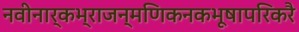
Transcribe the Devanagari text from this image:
नवीनार्कभ्राजन्मणिकनकभूषापरिकरै